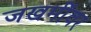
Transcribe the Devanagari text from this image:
जखमींवर